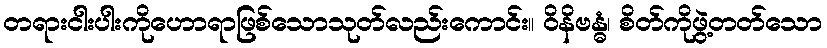
တရားငါးပါးကိုဟောရာဖြစ်သောသုတ်လည်းကောင်း။ ဝိနိဗန္ဓံ၊ စိတ်ကိုဖွဲ့တတ်သော